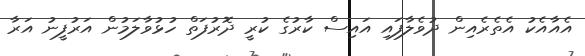
އެއާއެކު އެތެރެއިން ދުވެލާފައި އައިސް ކާރުގެ ކުރީ ދޮރުފަތް ހުޅުވާލަމުން އަރުފީނު އަރާ